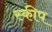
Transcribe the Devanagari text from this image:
स्कीप